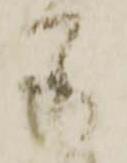
若